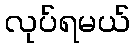
လုပ်ရမယ်